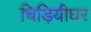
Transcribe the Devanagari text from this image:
चिड़ियीघर